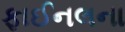
ફાઈનલના